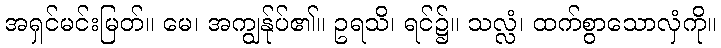
အရှင်မင်းမြတ်။ မေ၊ အကျွန်ုပ်၏။ ဥရသိ၊ ရင်၌။ သလ္လံ၊ ထက်စွာသောလှံကို။